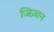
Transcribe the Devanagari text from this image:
जिज़ान